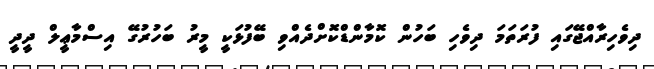
ދިވެހިރާއްޖޭގައި ފުރަތަމަ ދިވެހި ބަހުން ކޮމާންޑްކޮށްދެއްވި ބޭފުޅަކީ މީރު ބަހުރުގޭ އިސްމާޢީލް ދީދީ